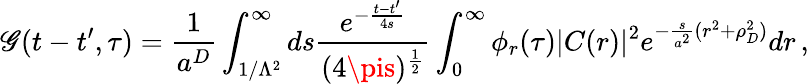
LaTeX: \mathscr{G}(t-t^{\prime},\tau)=\frac{{1}}{{a^{D}}}\int_{1/\Lambda^{2}}^{\infty}ds\frac{{e^{-\frac{{t-t^{\prime}}}{{4s}}}}}{{(4\pis)^{\frac{{1}}{{2}}}}}\int_{0}^{\infty}\phi_{r}(\tau)|C(r)|^{2}e^{-\frac{{s}}{{a^{2}}}(r^{2}+\rho_{D}^{2})}dr\, ,